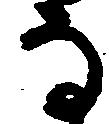
な